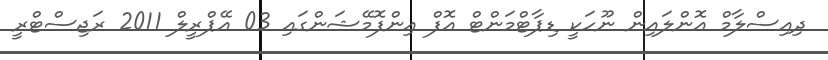
ދިއިސްލާމް އޮންލައިން ނޫހަކީ ޑިޕާޓްމަންޓް އޮފް އިންފޮމޭޝަންގައި 03 އޭޕްރީލް 2011 ރަޖިސްޓްރީ